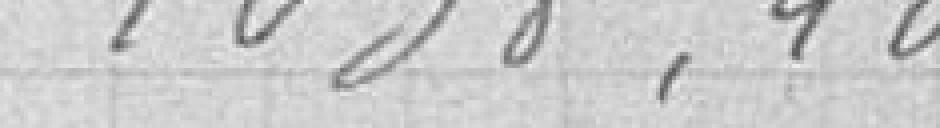
1038,40